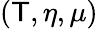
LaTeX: (\mathsf{T},\eta,\mu)